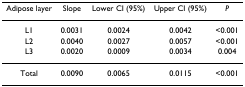
| Adipose layer | Slope | Lower CI (95%) | Upper CI (95%) | P |
 | --- | --- | --- | --- | --- |
 | L1 | 0.0031 | 0.0024 | 0.0042 | <0.001 |
 | L2 | 0.0040 | 0.0027 | 0.0057 | <0.001 |
 | L3 | 0.0020 | 0.0009 | 0.0034 | 0.004 |
 | Total | 0.0090 | 0.0065 | 0.0115 | <0.001 |